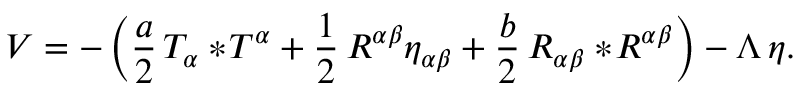
V = - \left( { \frac { a } { 2 } } \, T _ { \alpha } { } * \! T ^ { \alpha } + { \frac { 1 } { 2 } } \, R ^ { \alpha \beta } \eta _ { \alpha \beta } + { \frac { b } { 2 } } \, R _ { \alpha \beta } { } * \! R ^ { \alpha \beta } \right) - \Lambda \, \eta .